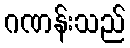
ဂဏန်းသည်